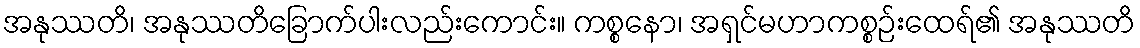
အနုဿတိ၊ အနုဿတိခြောက်ပါးလည်းကောင်း။ ကစ္စနော၊ အရှင်မဟာကစ္စဉ်းထေရ်၏ အနုဿတိ